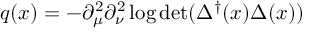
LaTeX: q ( x ) = - \partial _ { \mu } ^ { 2 } \partial _ { \nu } ^ { 2 } \log \operatorname * { d e t } ( \Delta ^ { \dagger } ( x ) \Delta ( x ) )